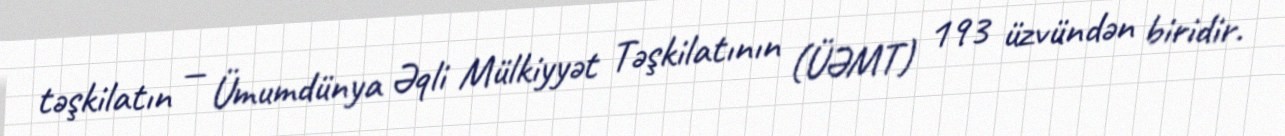
təşkilatın — Ümumdünya Əqli Mülkiyyət Təşkilatının (ÜƏMT) 193 üzvündən biridir.